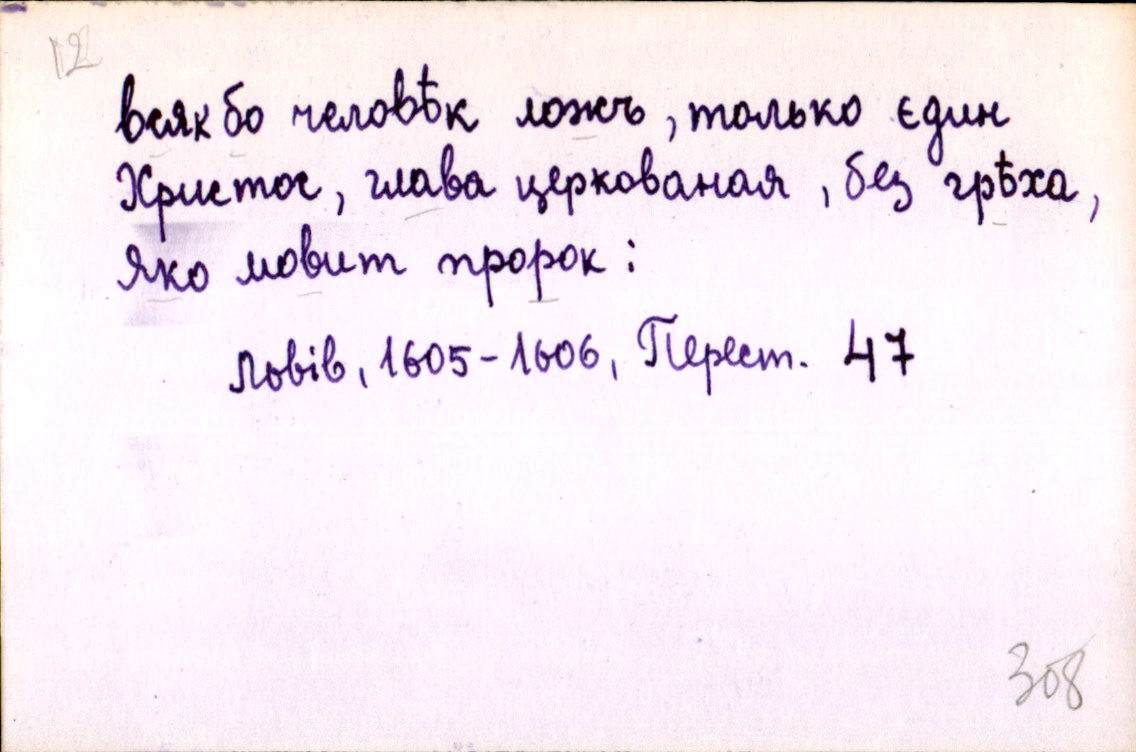
всяк бо человѣк ложъ, только єдин
Христос, глава церкованая, без грѣха,
яко мовит пророк :
Львів, 1605-1606, Перест. 47